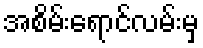
အစိမ်းရောင်လမ်းမှ